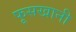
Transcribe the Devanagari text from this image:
फूसखानी